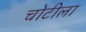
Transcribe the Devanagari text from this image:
चोटीला